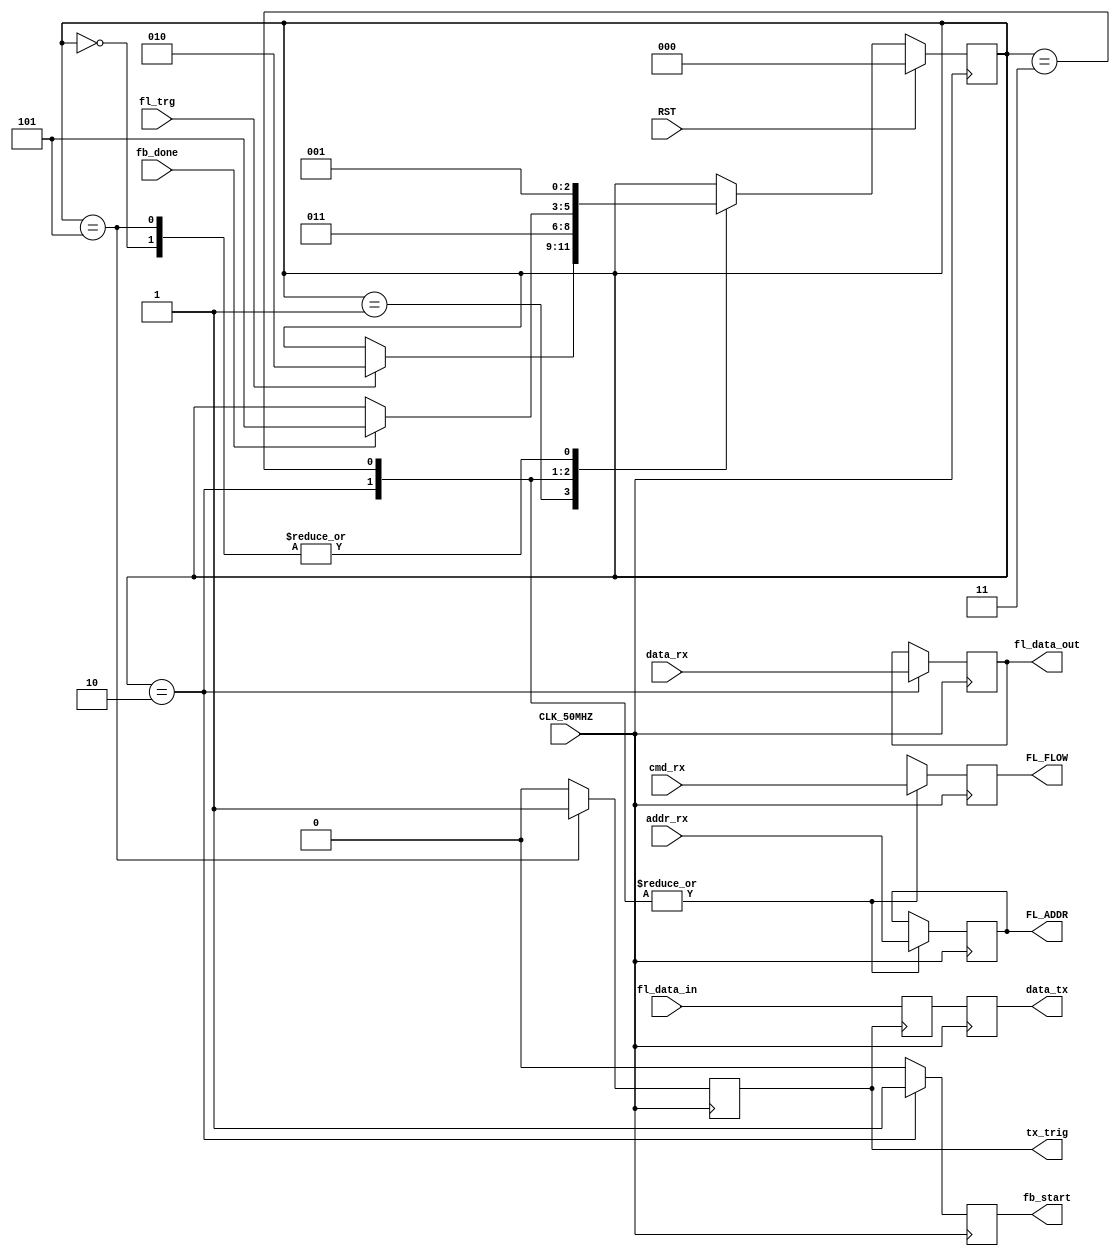
module Manager_Flash_FSM(
	input CLK_50MHZ,
	input RST,
	input cmd_rx,
	output reg FL_FLOW,
	output reg [7:0] FL_ADDR,
	input [7:0] fl_data_in,
	output reg [7:0] fl_data_out,
	input [7:0] addr_rx,
	input [7:0] data_rx,
	output reg [7:0] data_tx,
	output reg fb_start,
	input fb_done,
	input fl_trg,
	output reg tx_trig
   );
	
	reg [7:0] data_tx_buf;
	reg [2:0] state_fl; //TODO 2bits
	localparam [2:0]	IDLE = 3'd0,
							FL_WAITING_TRIG = 3'd1,
							FL_RW = 3'd2,
							FL_WAITING_RW = 3'd3,
							TX_TRG = 3'd4,
							TX_TRG_DONE = 3'd5;							
	
	always @(posedge CLK_50MHZ) begin
		if(RST) state_fl <= IDLE;
		else begin
			case (state_fl)
				IDLE:
					state_fl <= FL_WAITING_TRIG;
				FL_WAITING_TRIG:
					if(fl_trg) state_fl <= FL_RW;
				FL_RW:
					state_fl <= FL_WAITING_RW;
				FL_WAITING_RW:
					if(fb_done) state_fl <= TX_TRG_DONE;
				TX_TRG_DONE:
					state_fl <= FL_WAITING_TRIG;
			endcase
		end
	end

	always @(posedge CLK_50MHZ) begin	
		FL_FLOW <= 1'bX;
		fb_start <= 0;
		tx_trig <= 0;
		//FL_ADDR <= 8'bZ;
		//fl_data_out <= data_rx;
		data_tx <= data_tx_buf;
		case( state_fl )
			IDLE: begin
			end
			FL_RW: begin
				FL_FLOW <= cmd_rx;
				FL_ADDR <= addr_rx;
				fl_data_out <= data_rx;
				fb_start <= 1;
			end
			FL_WAITING_RW: begin
				FL_FLOW <= cmd_rx;
				FL_ADDR <= addr_rx;	
			end
			TX_TRG_DONE: begin
				tx_trig <= 1'b1;				
				//data_tx_buf <= fl_data_in;
				//data_tx <= data_tx_buf;
			end
		endcase
	end
	
always @(posedge tx_trig) begin
	data_tx_buf <= fl_data_in;
end
	
endmodule